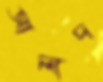
আলাদ